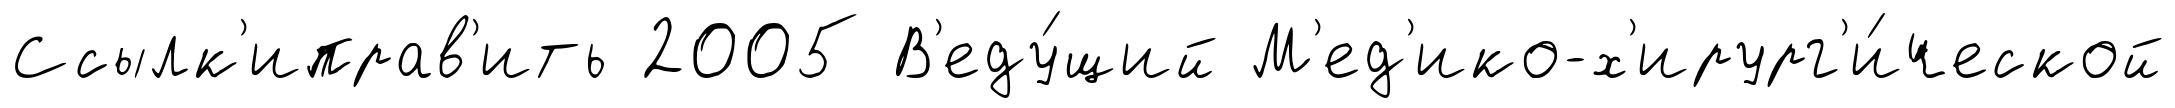
Ссылк'иправ'ить 2005 В'еду́щий М'ед'ико-х'ирург'и́ческой